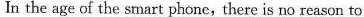
In the age of the srnart phone, there is no reason to